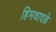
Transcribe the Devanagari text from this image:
हिमवादळे